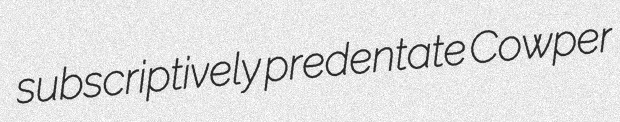
subscriptively predentate Cowper